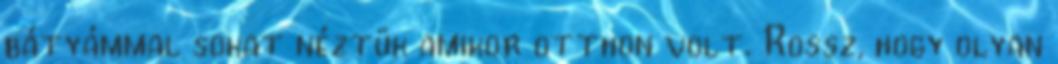
bátyámmal sokat néztük amikor otthon volt. Rossz, hogy olyan